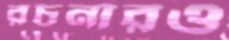
রচনারও